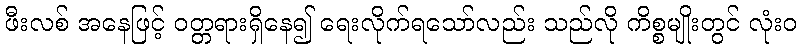
ဖီးလစ် အနေဖြင့် ဝတ္တရားရှိနေ၍ ရေးလိုက်ရသော်လည်း သည်လို ကိစ္စမျိုးတွင် လုံးဝ